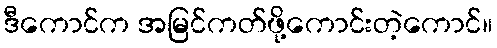
ဒီကောင်က အမြင်ကတ်ဖို့ကောင်းတဲ့ကောင်။